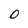
Character: 0